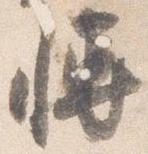
博